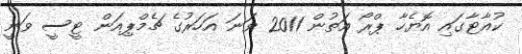
ކުއާޓާގައި އޮޔެހާ ޕްރޯ އަތުން 2011 ވަނަ އަހަރުގެ ޗެމްޕިއަން ޓީސީ ވަނީ